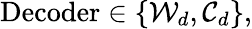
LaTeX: \begin{array}{r}{\operatorname{Decoder}\in\{ \mathcal{W}_{d},\mathcal{C}_{d}\} ,}\end{array}